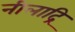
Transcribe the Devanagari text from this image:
नीलाद्रि